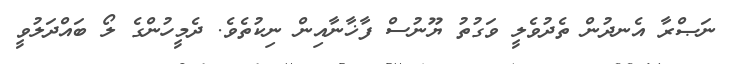
ނަޞްރާ އެނދުން ތެދުވެލީ ވަގުތު ޔޫނުސް ފާޚާނާއިން ނިކުތެވެ. ދެމީހުންގެ ލޯ ބައްދަލުވީ